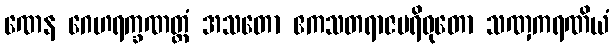
ဏေန ဂေဟရက္ခဏတ္ထံ အသတော ဧကသတရာဇပရိဝုတော သဏှကရဏိယံ